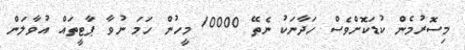
މިސޮރުމެން ކުޑަކޮށްވެސް ހަދާނަކު ނެތޭ 10000 މީހުން ހަމަ ނުވާ ޕާޓީތައް އުވާލަން